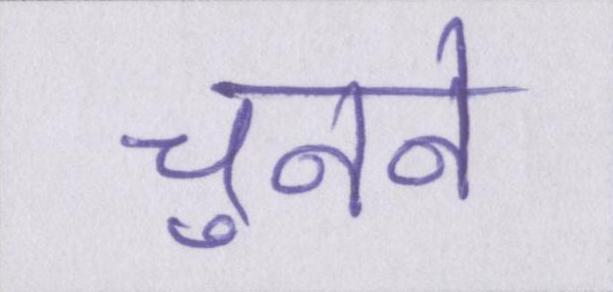
चुनने